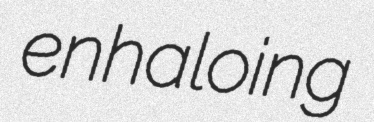
enhaloing